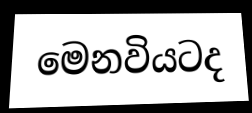
මෙනවියටද